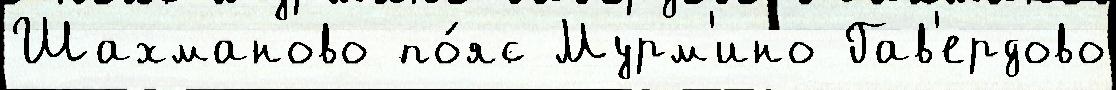
Шахманово по́яс Мурм'ино Гав'ердово